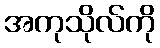
အကုသိုလ်ကို